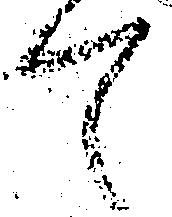
て